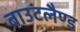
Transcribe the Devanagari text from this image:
बाउटलैण्ड